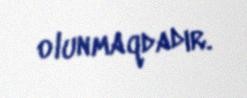
olunmaqdadır.